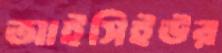
আইসিইউর